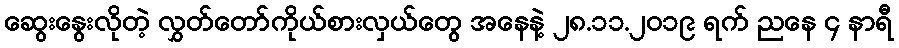
ဆွေးနွေးလိုတဲ့ လွှတ်တော်ကိုယ်စားလှယ်တွေ အနေနဲ့ ၂၈.၁၁.၂၀၁၉ ရက် ညနေ ၄ နာရီ